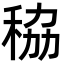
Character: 䅄